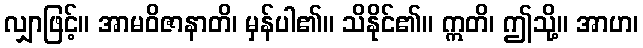
လျှာဖြင့်။ အာမဝိဇာနာတိ၊ မှန်ပါ၏။ သိနိုင်၏။ ဣတိ၊ ဤသို့။ အာဟ၊